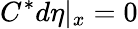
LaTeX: C^{*}d\eta|_{x}=0